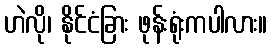
ဟဲလို၊ နိုင်ငံခြား ဖုန်းရုံးကပါလား။